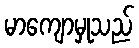
မာကျောမှုသည်